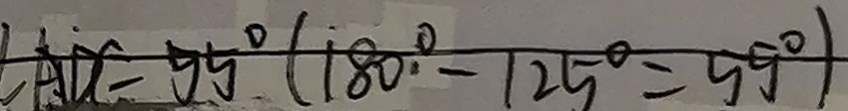
A D C = 5 5 ^ { \circ } ( 1 8 0 ^ { \circ } - 1 2 5 ^ { \circ } = 5 ^ { \circ } )